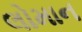
લોમાન